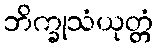
ဘိက္ခုသံယုတ္တံ